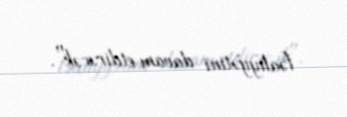
fəaliyyətini davam etdirəcək".